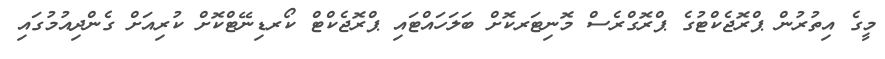
މީގެ އިތުރުން ޕްރޮޖެކްޓުގެ ޕްރޮގްރެސް މޮނިޓަރކޮށް ބަލަހައްޓައި ޕްރޮޖެކްޓް ކޯރޑިނޭޓްކޮށް ކުރިއަށް ގެންދިއުމުގައި